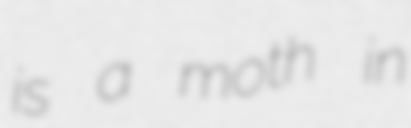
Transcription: is a moth in